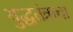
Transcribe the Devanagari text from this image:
युद्धतंत्राचा